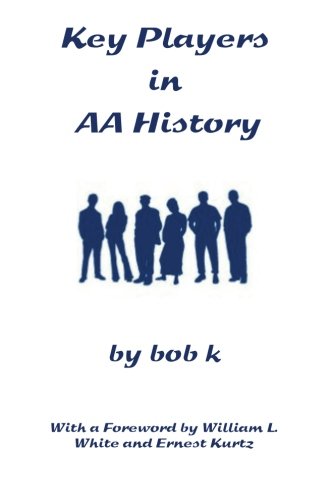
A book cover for Key Players in AA History; bob k; History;